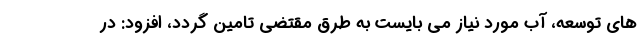
های توسعه، آب مورد نیاز می بایست به طرق مقتضی تامین گردد، افزود: در